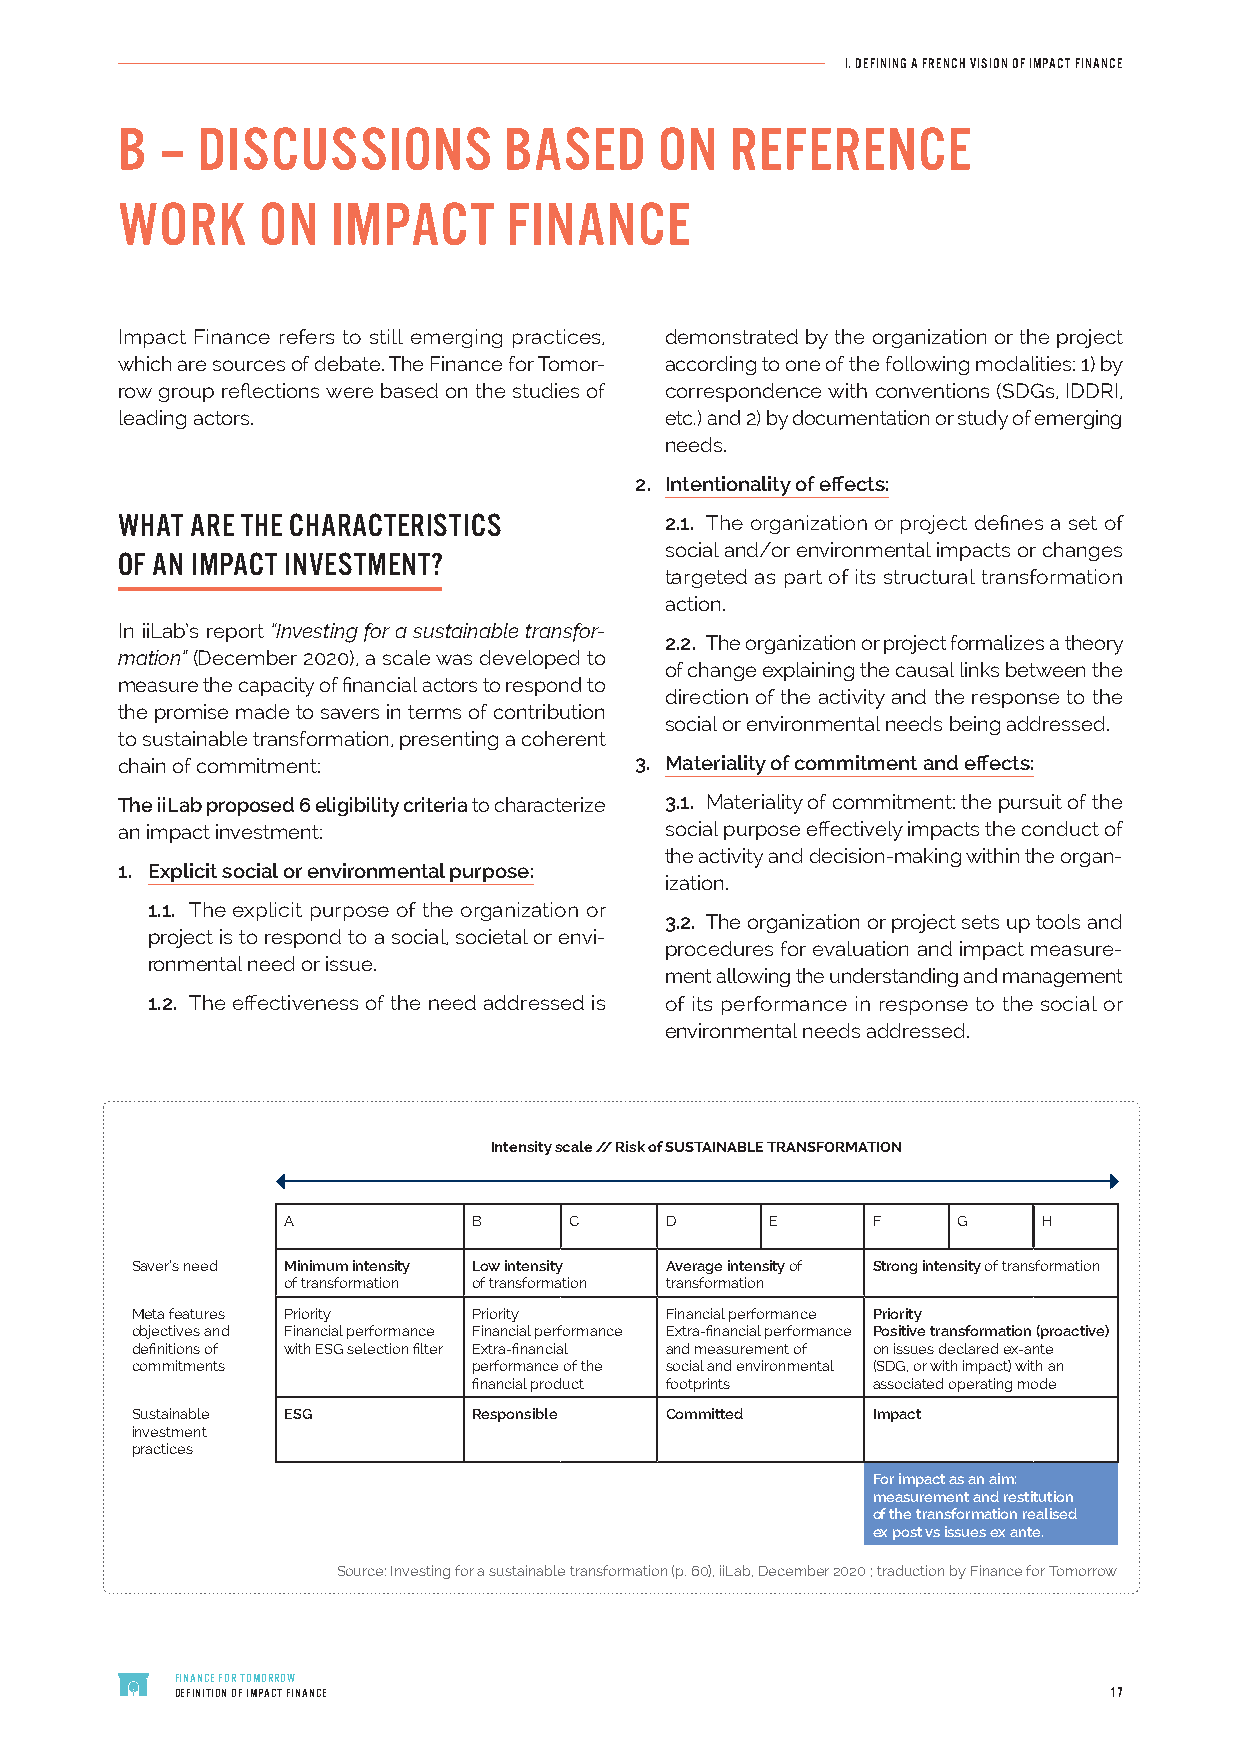
I. DEFINING A FRENCH VISION OF IMPACT FINANCE
 B  – DISCUSSIONS         BASED      ON  REFERENCE
 WORK     ON   IMPACT      FINANCE
 Impact Finance refers to still emerging practices, demonstrated by the organization or the project
 which are sources of debate. The Finance for Tomor- according to one of the following modalities: 1) by
 row group reflections were based on the studies of correspondence with conventions (SDGs, IDDRI,
 leading actors.                     etc.) and 2) by documentation or study of emerging
 needs.
 2. Intentionality of effects:
 WHAT ARE THE CHARACTERISTICS        2.1. The organization or project defines a set of
 social and/or environmental impacts or changes
 OF AN IMPACT INVESTMENT?
 targeted as part of its structural transformation
 action.
 In iiLab’s report “Investing for a sustainable transfor-
 2.2. The organization or project formalizes a theory
 mation” (December 2020), a scale was developed to
 of change explaining the causal links between the
 measure the capacity of financial actors to respond to
 direction of the activity and the response to the
 the promise made to savers in terms of contribution
 social or environmental needs being addressed.
 to sustainable transformation, presenting a coherent
 chain of commitment:              3. Materiality of commitment and effects:
 The iiLab proposed 6 eligibility criteria to characterize 3.1. Materiality of commitment: the pursuit of the
 an impact investment:               social purpose effectively impacts the conduct of
 the activity and decision-making within the organ-
 1. Explicit social or environmental purpose:
 ization.
 1.1. The explicit purpose of the organization or
 3.2. The organization or project sets up tools and
 project is to respond to a social, societal or envi-
 procedures for evaluation and impact measure-
 ronmental need or issue.
 ment allowing the understanding and management
 1.2. The effectiveness of the need addressed is of its performance in response to the social or
 environmental needs addressed.
 Intensity scale // Risk of SUSTAINABLE TRANSFORMATION
 A           B      C     D      E      F    G     H
 Saver’s need Minimum intensity Low intensity Average intensity of Strong intensity of transformation
 of transformation of transformation transformation
 Meta features Priority Priority    Financial performance Priority
 objectives and Financial performance Financial performance Extra-financial performance Positive transformation (proactive)
 definitions of with ESG selection filter Extra-financial and measurement of on issues declared ex-ante
 commitments           performance of the social and environmental (SDG, or with impact) with an
 financial product footprints associated operating mode
 Sustainable ESG       Responsible  Committed     Impact
 investment
 practices
 For impact as an aim:
 measurement and restitution
 of the transformation realised
 ex post vs issues ex ante.
 Source: Investing for a sustainable transformation (p. 60), iiLab, December 2020 ; traduction by Finance for Tomorrow
 FINANCE FOR TOMORROW
 DEFINITION OF IMPACT FINANCE                                 17